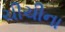
ચીચીના